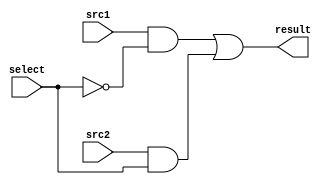
module MUX2to1(
	input      src1,
	input      src2,
	input	   select,
	output     result
	);

	assign result = (src1 && (!select)) || (src2 && select);

endmodule